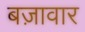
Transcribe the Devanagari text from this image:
बज़ावार